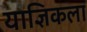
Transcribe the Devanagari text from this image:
याज्ञिकला